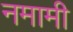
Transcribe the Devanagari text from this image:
नमामी